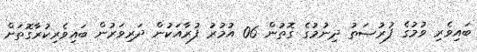
ބައިވެރި ވުމުގެ ފުރުޞަތު ދިނުމުގެ ގޮތުން 06 އުމުރު ފުރާއަކުން ދަރިވަރުން ބައިވެރިކުރާގޮތަށް